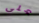
على